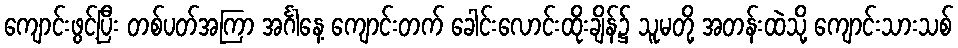
ကျောင်းဖွင့်ပြီး တစ်ပတ်အကြာ အင်္ဂါနေ့ ကျောင်းတက် ခေါင်းလောင်းထိုးချိန်၌ သူမတို့ အတန်းထဲသို့ ကျောင်းသားသစ်